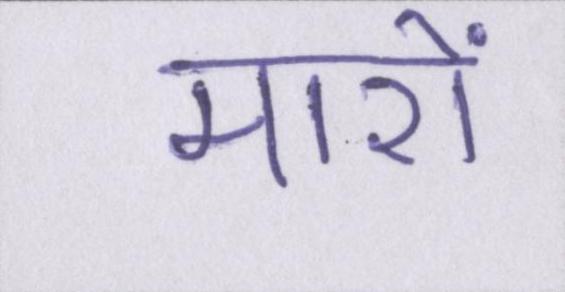
मारों